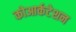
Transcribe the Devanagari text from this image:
कोआर्कटेशन